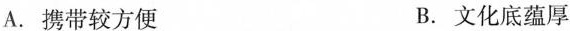
A.携带较方便 B.文化底蕴厚